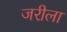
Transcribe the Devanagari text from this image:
जरीला